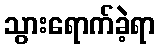
သွားရောက်ခဲ့ရာ